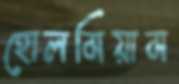
হোলমিয়াম